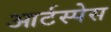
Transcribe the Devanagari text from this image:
आर्टस्पेस